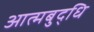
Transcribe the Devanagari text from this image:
आत्मबुद्धि